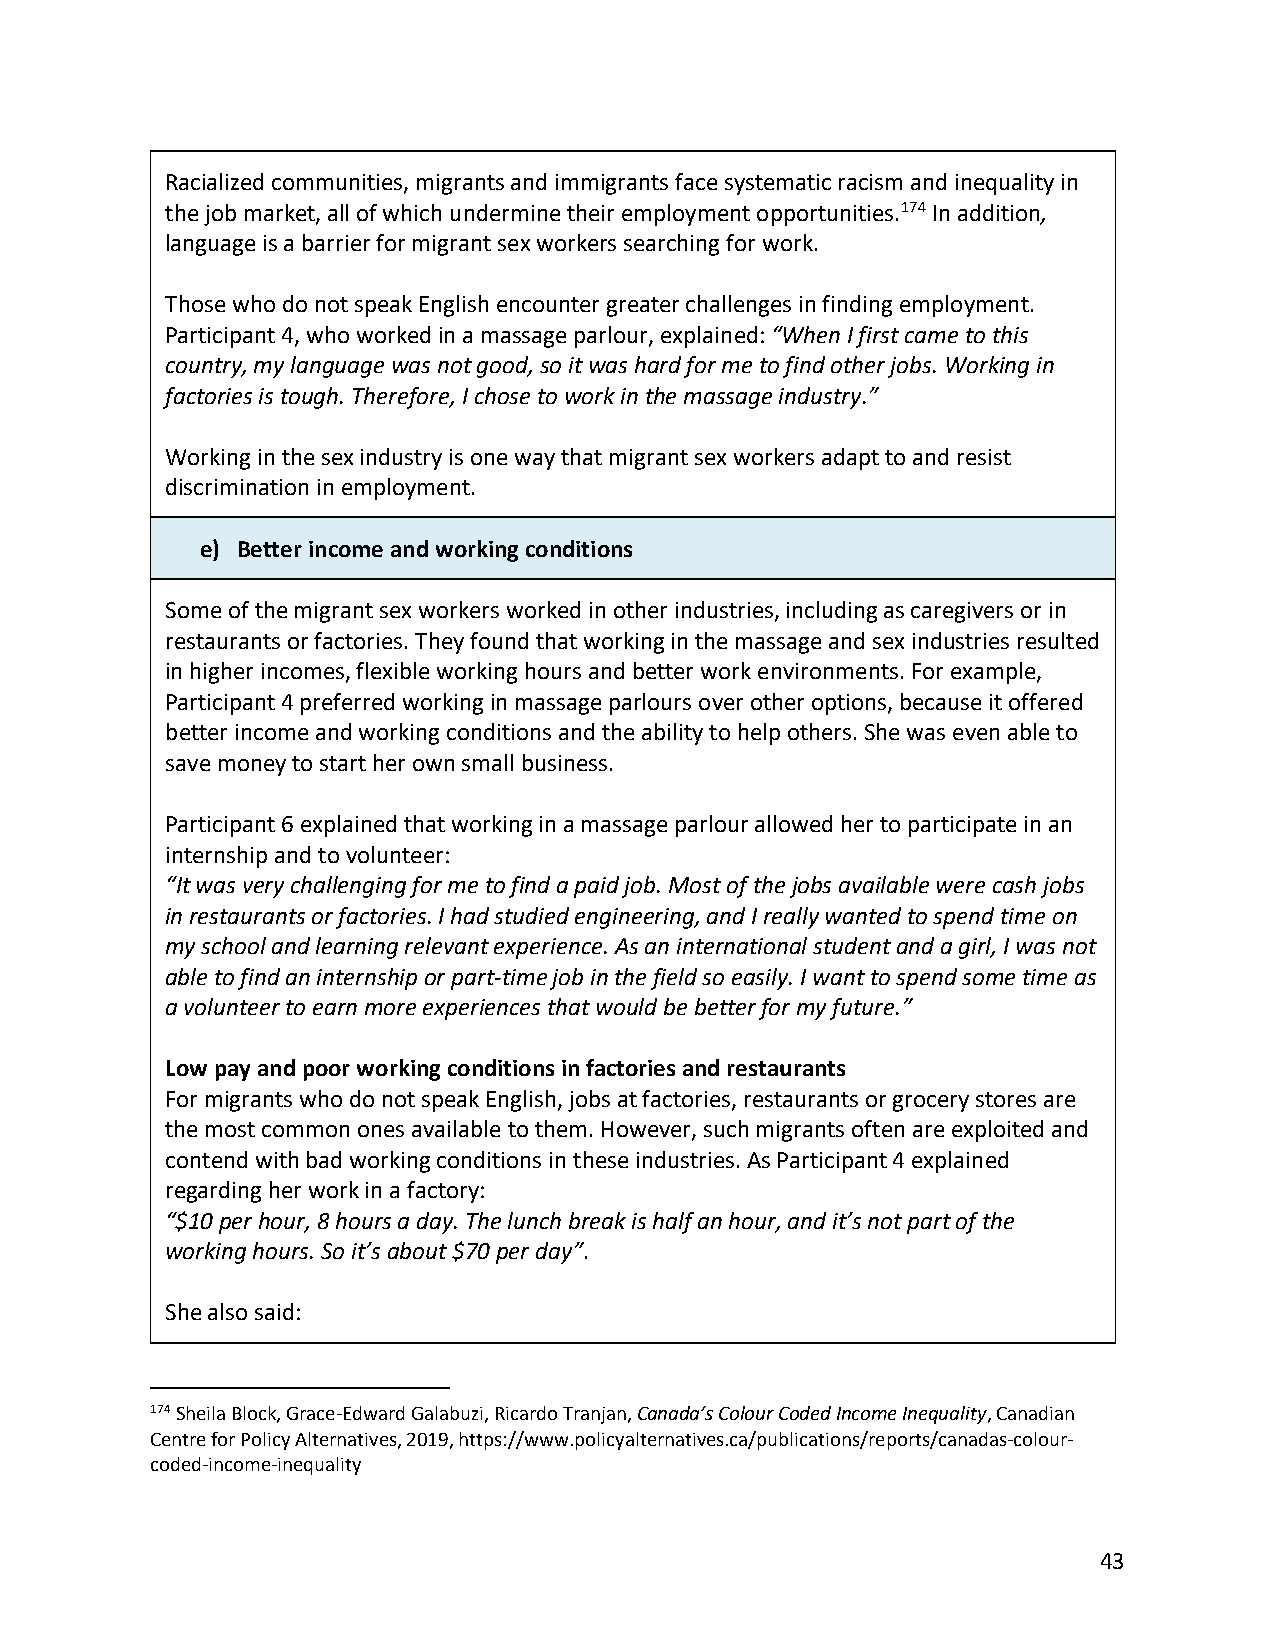
Racialized communities, migrants and immigrants face systematic racism and inequality in
 the job market, all of which undermine their employment opportunities.174 In addition,
 language is a barrier for migrant sex workers searching for work.
 Those who do not speak English encounter greater challenges in finding employment.
 Participant 4, who worked in a massage parlour, explained: “When I first came to this
 country, my language was not good, so it was hard for me to find other jobs. Working in
 factories is tough. Therefore, I chose to work in the massage industry.”
 Working in the sex industry is one way that migrant sex workers adapt to and resist
 discrimination in employment.
 e) Better income and working conditions
 Some of the migrant sex workers worked in other industries, including as caregivers or in
 restaurants or factories. They found that working in the massage and sex industries resulted
 in higher incomes, flexible working hours and better work environments. For example,
 Participant 4 preferred working in massage parlours over other options, because it offered
 better income and working conditions and the ability to help others. She was even able to
 save money to start her own small business.
 Participant 6 explained that working in a massage parlour allowed her to participate in an
 internship and to volunteer:
 “It was very challenging for me to find a paid job. Most of the jobs available were cash jobs
 in restaurants or factories. I had studied engineering, and I really wanted to spend time on
 my school and learning relevant experience. As an international student and a girl, I was not
 able to find an internship or part-time job in the field so easily. I want to spend some time as
 a volunteer to earn more experiences that would be better for my future.”
 Low pay and poor working conditions in factories and restaurants
 For migrants who do not speak English, jobs at factories, restaurants or grocery stores are
 the most common ones available to them. However, such migrants often are exploited and
 contend with bad working conditions in these industries. As Participant 4 explained
 regarding her work in a factory:
 “$10 per hour, 8 hours a day. The lunch break is half an hour, and it’s not part of the
 working hours. So it’s about $70 per day”.
 She also said:
 174 Sheila Block, Grace-Edward Galabuzi, Ricardo Tranjan, Canada’s Colour Coded Income Inequality, Canadian
 Centre for Policy Alternatives, 2019, https://www.policyalternatives.ca/publications/reports/canadas-colour-
 coded-income-inequality
 43